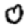
Digit: 0